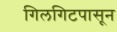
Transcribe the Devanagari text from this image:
गिलगिटपासून